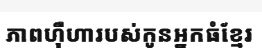
ភាពហ៊ឺហារបស់កូនអ្នកធំខ្មែរ